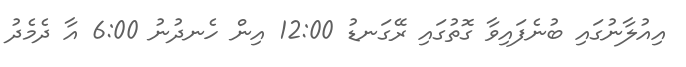
އިއުލާނުގައި ބުނެފައިވާ ގޮތުގައި ރޭގަނޑު 12:00 އިން ހެނދުނު 6:00 އާ ދެމެދު